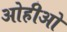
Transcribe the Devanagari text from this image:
ओहीओ